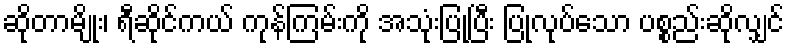
ဆိုတာမျိုး၊ ရီဆိုင်ကယ် ကုန်ကြမ်းကို အသုံးပြုပြီး ပြုလုပ်သော ပစ္စည်းဆိုလျှင်